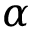
\alpha